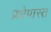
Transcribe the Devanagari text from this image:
प्रक्षेपास्त